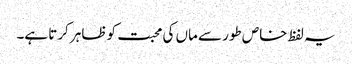
یہ لفظ خاص طور سے ماں کی محبت کو ظاہر کرتا ہے۔